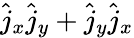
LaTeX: \hat{j}_{x}\hat{j}_{y}+\hat{j}_{y}\hat{j}_{x}